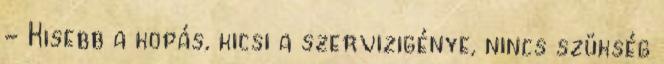
- Kisebb a kopás, kicsi a szervizigénye, nincs szükség